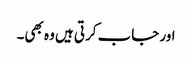
اور جاب کرتی ہیں وہ بھی۔